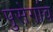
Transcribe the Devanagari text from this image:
पुसेगांव